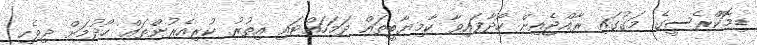
ޑިމޮކްރެސީގެ މަގުގައި ރާއްޖެއިން ހޯދާފައިވާ ކާމިޔާބީތައް ދަމަހައްޓައި އިތުރު ކުރިއެރުންތައް ހޯދުމަށް ދިވެހި